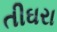
તીઘરા